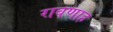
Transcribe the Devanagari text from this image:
रावणाह